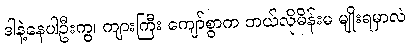
ဒါနဲ့နေပါဦးကွ၊ ကျားကြီး ကျော်စွာက ဘယ်လိုမိန်းမ မျိုးရမှာလဲ